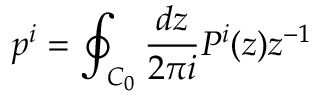
p ^ { i } = \oint _ { C _ { 0 } } \frac { d z } { 2 \pi i } P ^ { i } ( z ) z ^ { - 1 }